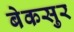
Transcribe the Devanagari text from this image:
बेकसुर